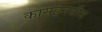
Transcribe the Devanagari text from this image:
कासइनसीस